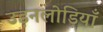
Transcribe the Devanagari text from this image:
उड़नलोड़ियाँ